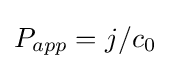
P_{app}=j/c_{0}